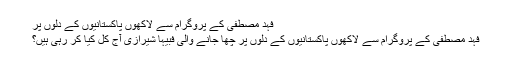
فہد مصطفی کے پروگرام سے لاکھوں پاکستانیوں کے دلوں پر
فہد مصطفی کے پروگرام سے لاکھوں پاکستانیوں کے دلوں پر چھا جانے والی فبیہا شیرازی آج کل کیا کر رہی ہیں؟